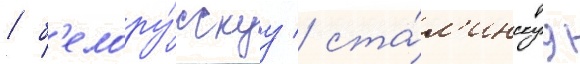
/ б'елору́сскуу / ста́л'инскуу